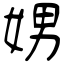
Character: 娚